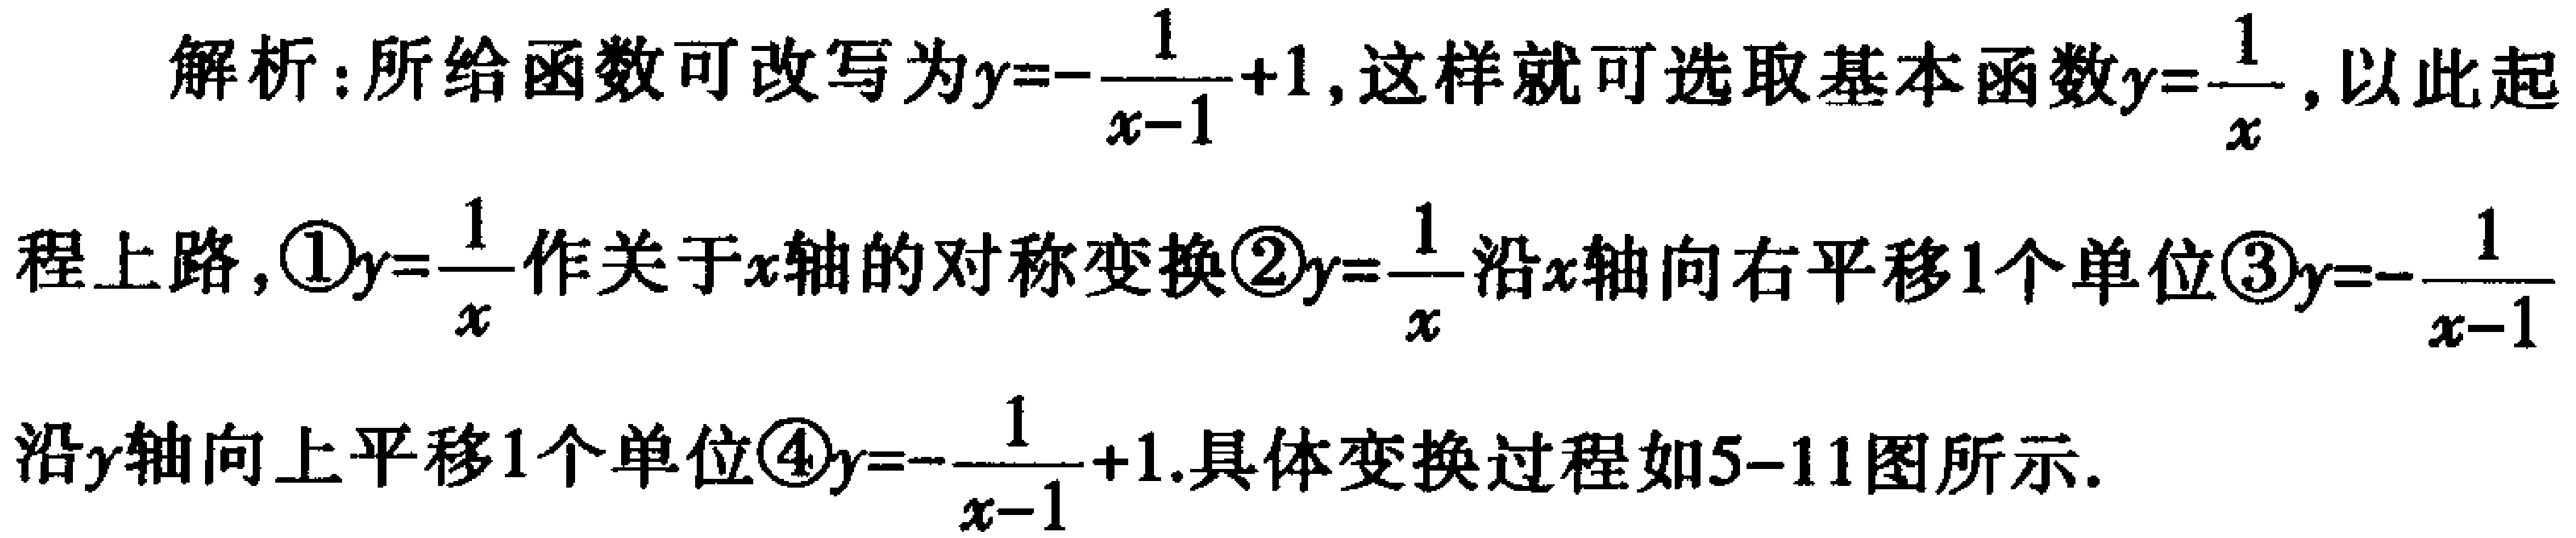
解析：所给函数可改写为\(y = -\frac{1}{x - 1}+1\)，这样就可选取基本函数\(y = \frac{1}{x}\)，以此起
程上路，\textcircled{1}\(y = \frac{1}{x}\)作关于\(x\)轴的对称变换\textcircled{2}\(y = \frac{1}{x}\)沿\(x\)轴向右平移\(1\)个单位\textcircled{3}\(y = -\frac{1}{x - 1}\)
沿\(y\)轴向上平移\(1\)个单位\textcircled{4}\(y = -\frac{1}{x - 1}+1\).具体变换过程如5-11图所示.